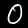
Digit: 0